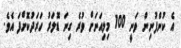
އެ ކުންފުނިން ވަނީ 100 މިލިއަނަށް ވުރެ ގިނަ ޑޮލަރު ހަރަދުކޮށްފަ އެވެ.